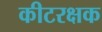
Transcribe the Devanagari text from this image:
कीटरक्षक